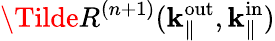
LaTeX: \Tilde{R}^{(n+1)}(\mathbf{k}_{\parallel}^{\mathrm{out}},\mathbf{k}_{\parallel}^{\mathrm{in}})